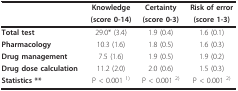
<table><thead><tr><td></td><td><b>Knowledge</b></td><td><b>Certainty</b></td><td><b>Risk of error</b></td></tr><tr><td></td><td><b>(score 0-14)</b></td><td><b>(score 0-3)</b></td><td><b>(score 1-3)</b></td></tr></thead><tbody><tr><td><b>Total test</b></td><td>29.0* (3.4)</td><td>1.9 (0.4)</td><td>1.6 (0.1)</td></tr><tr><td><b>Pharmacology</b></td><td>10.3 (1.6)</td><td>1.8 (0.5)</td><td>1.6 (0.3)</td></tr><tr><td><b>Drug management</b></td><td>7.5 (1.6)</td><td>1.9 (0.5)</td><td>1.9 (0.2)</td></tr><tr><td><b>Drug dose calculation</b></td><td>11.2 (2.0)</td><td>2.0 (0.6)</td><td>1.5 (0.3)</td></tr><tr><td><b>Statistics **</b></td><td>P &lt; 0.001 <sup>1)</sup></td><td>P &lt; 0.001 <sup>2)</sup></td><td>P &lt; 0.001 <sup>2)</sup></td></tr></tbody></table>